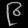
Digit: ၉